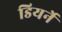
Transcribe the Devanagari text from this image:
डियर्ने